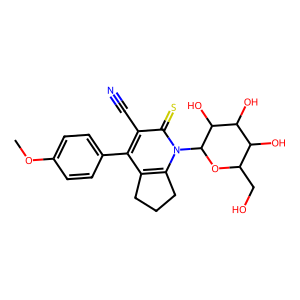
SMILES: COc1ccc(-c2c3c(n(C4OC(CO)C(O)C(O)C4O)c(=S)c2C#N)CCC3)cc1
Inhibits HIV replication: No